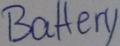
Text: Battery